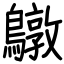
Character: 鷻